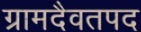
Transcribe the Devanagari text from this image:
ग्रामदैवतपद